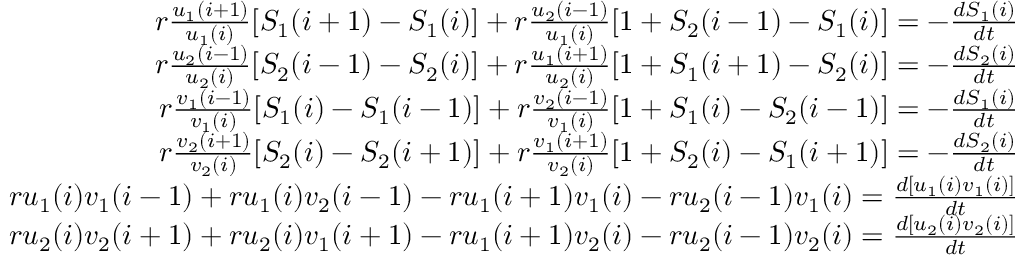
\begin{array} { r } { r \frac { u _ { 1 } ( i + 1 ) } { u _ { 1 } ( i ) } [ S _ { 1 } ( i + 1 ) - S _ { 1 } ( i ) ] + r \frac { u _ { 2 } ( i - 1 ) } { u _ { 1 } ( i ) } [ 1 + S _ { 2 } ( i - 1 ) - S _ { 1 } ( i ) ] = - \frac { d S _ { 1 } ( i ) } { d t } } \\ { r \frac { u _ { 2 } ( i - 1 ) } { u _ { 2 } ( i ) } [ S _ { 2 } ( i - 1 ) - S _ { 2 } ( i ) ] + r \frac { u _ { 1 } ( i + 1 ) } { u _ { 2 } ( i ) } [ 1 + S _ { 1 } ( i + 1 ) - S _ { 2 } ( i ) ] = - \frac { d S _ { 2 } ( i ) } { d t } } \\ { r \frac { v _ { 1 } ( i - 1 ) } { v _ { 1 } ( i ) } [ S _ { 1 } ( i ) - S _ { 1 } ( i - 1 ) ] + r \frac { v _ { 2 } ( i - 1 ) } { v _ { 1 } ( i ) } [ 1 + S _ { 1 } ( i ) - S _ { 2 } ( i - 1 ) ] = - \frac { d S _ { 1 } ( i ) } { d t } } \\ { r \frac { v _ { 2 } ( i + 1 ) } { v _ { 2 } ( i ) } [ S _ { 2 } ( i ) - S _ { 2 } ( i + 1 ) ] + r \frac { v _ { 1 } ( i + 1 ) } { v _ { 2 } ( i ) } [ 1 + S _ { 2 } ( i ) - S _ { 1 } ( i + 1 ) ] = - \frac { d S _ { 2 } ( i ) } { d t } } \\ { r u _ { 1 } ( i ) v _ { 1 } ( i - 1 ) + r u _ { 1 } ( i ) v _ { 2 } ( i - 1 ) - r u _ { 1 } ( i + 1 ) v _ { 1 } ( i ) - r u _ { 2 } ( i - 1 ) v _ { 1 } ( i ) = \frac { d [ u _ { 1 } ( i ) v _ { 1 } ( i ) ] } { d t } } \\ { r u _ { 2 } ( i ) v _ { 2 } ( i + 1 ) + r u _ { 2 } ( i ) v _ { 1 } ( i + 1 ) - r u _ { 1 } ( i + 1 ) v _ { 2 } ( i ) - r u _ { 2 } ( i - 1 ) v _ { 2 } ( i ) = \frac { d [ u _ { 2 } ( i ) v _ { 2 } ( i ) ] } { d t } } \end{array}